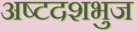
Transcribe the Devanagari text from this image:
अष्टदशभुज